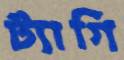
ট্যাগি